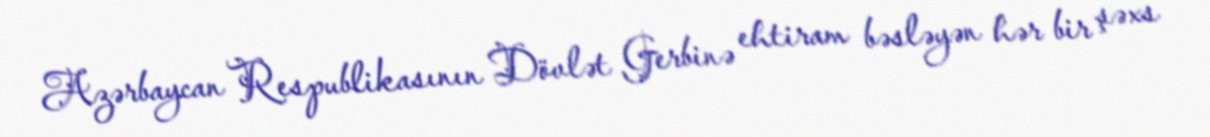
Azərbaycan Respublikasının Dövlət Gerbinə ehtiram bəsləyən hər bir şəxs